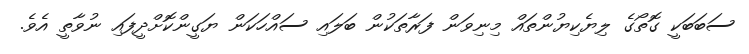
ސަބަބަކީ ގޮތޯގެ ލިޔެކިޔުންތައް މިނިވަން ފަރާތަކުން ބަލައި ސައްހަކަން ޔަގީންކޮށްދީފައި ނުވާތީ އެވެ.